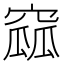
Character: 窳